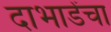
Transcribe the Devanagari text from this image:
दाभाडेंचा